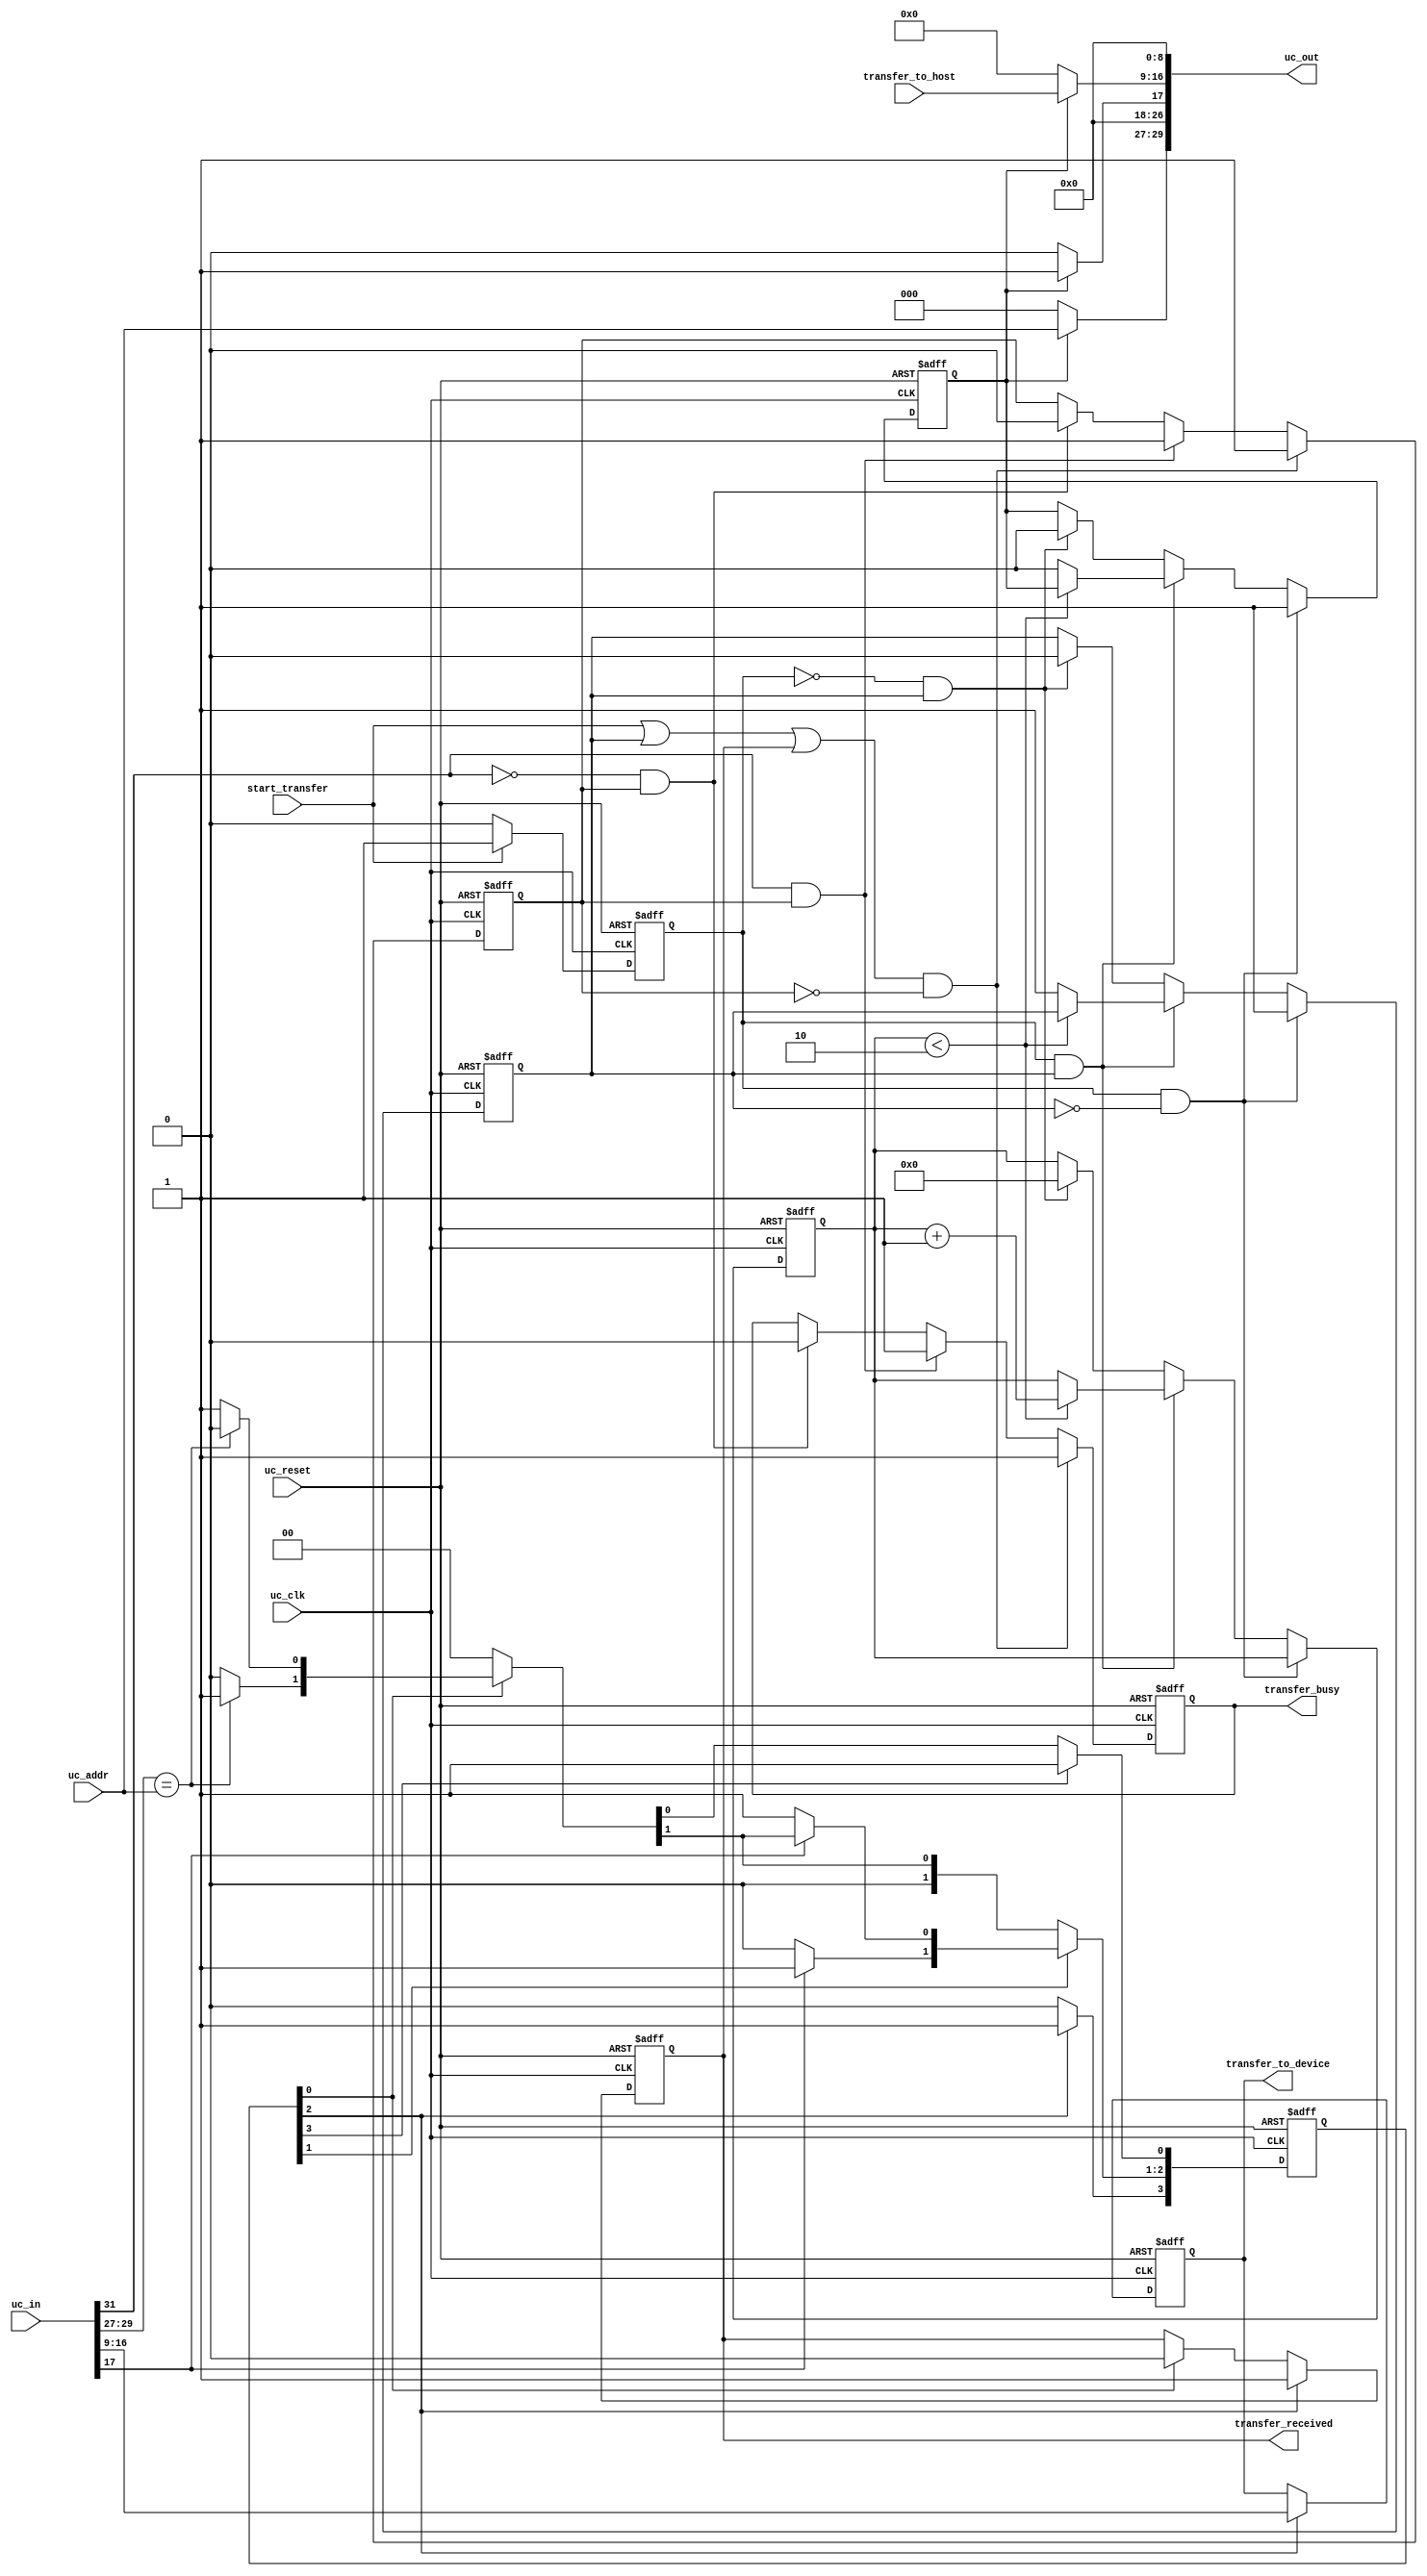
module active_transfer_SIM_ONLY (
	input  wire         uc_clk,
	input  wire         uc_reset,
	input  wire [31:0]  uc_in,
	output wire [29:0]  uc_out,
	
	input  wire         start_transfer,
	output reg          transfer_received,
	
	output reg         transfer_busy,
	
	input  wire  [2:0]  uc_addr,

	input  wire  [7:0]  transfer_to_host,
	output reg   [7:0]  transfer_to_device
	);

   //-----------------------------------------------
   // Parameters
   //-----------------------------------------------
	//Transfer In State Machine
	parameter IN_IDLE                   = 0,
			IN_READ_CMD                 = 1,
			IN_READ_BYTE                = 2,
            IN_DELAY                    = 3;

   //-----------------------------------------------
   // Internal Signals
   //-----------------------------------------------
 	reg 	[3:0]                        state_in, next_in;
  
   // Tranfer to Device registers
	reg                 transfer_to_device_reset;
	
   // Transfer to Host registers
    reg                 start_transfer_in;
	reg                 to_transfer_update;
	reg                 transfer_to_device_meta;
	reg                 start_transfer_reg;
	reg [3:0]           start_transfer_count;
	
	//Transfer busy registers
	reg                  transfer_busy_reg;

`ifdef SIM
   reg [8*26:1] state_name;
`endif
	
	//-----------------------------------------------
   // Assignments
   //-----------------------------------------------
	assign uc_out[29:27]       = to_transfer_update ? uc_addr : 3'h0;           //Address
	assign uc_out[26]          = 1'b0;                                          //Block Command
	assign uc_out[25:18]       = 8'h0;                                          //Block Length Byte
	assign uc_out[17]          = to_transfer_update ? 1'b1 : 1'b0;              //Transfer Command
    assign uc_out[16:9]        = to_transfer_update ? transfer_to_host : 8'h0;  //Transfer  Byte
	assign uc_out[8]           = 1'b0;                                          //Trigger Command
	assign uc_out[7:0]         = 8'h0;                                          //Trigger Byte
	 
   //-----------------------------------------------
   // Transfer Out, transfer busy
   //-----------------------------------------------
    always @(posedge uc_clk or negedge uc_reset) 
	begin
	  if (!uc_reset)
      begin
		     transfer_busy <= 1'b0;
		     transfer_busy_reg <= 1'b0;
      end 
     else 
     begin
	       if((start_transfer | start_transfer_reg | transfer_received) & !transfer_busy_reg)
		   begin
                 transfer_busy <= 1'b1;
		         transfer_busy_reg <= 1'b1;
		   end
		   else if(uc_in[31] & transfer_busy_reg)
		   begin
		         transfer_busy <= 1'b1;
		         transfer_busy_reg <= 1'b1;
		   end
		   else if(!uc_in[31] & transfer_busy_reg)
		   begin
		        transfer_busy <= 1'b0;
		        transfer_busy_reg <= 1'b0;
		   end
      end
	 end
   //-----------------------------------------------
   // Single Transfer In  transfer_received 
   //-----------------------------------------------
    always @(posedge uc_clk or negedge uc_reset) 
	begin
	  if (!uc_reset)
      begin
		     transfer_to_device <= 0;	
		     transfer_received <= 1'b0;
      end 
     else 
     begin
		if(state_in[IN_READ_BYTE])
		begin
             transfer_received <= 1'b1;
			 transfer_to_device <= uc_in[16:9];
		end
		else if(state_in[IN_IDLE])
		    transfer_received <= 1'b0;
	 end
	end
	

   //-----------------------------------------------
   // Transfer to Device Detection
   // parameter IN_IDLE                   = 0,
   //			IN_READ_CMD                 = 1,
   //			IN_READ_BYTE                = 2,
   //			IN_DELAY                    = 3;
   //
   //-----------------------------------------------
   // Next State Logic
   always @(posedge uc_clk or negedge uc_reset)
     begin
		if (!uc_reset)
		begin
			state_in <= 4'h00;
			state_in[IN_IDLE] <= 1'b1;
		end
		else
			state_in <= next_in;
	end

     // State Definitions
   always @ ( state_in or uc_in or uc_addr)
     begin
	next_in = 4'h00;

	if (state_in[IN_IDLE])
	  begin
	     if (uc_in[29:27] == uc_addr)
	       next_in[IN_READ_CMD] = 1'b1;
         else		 
	       next_in[IN_IDLE] = 1'b1;
	  end

	
	if (state_in[IN_READ_CMD])
	  begin
		if (uc_in[17] == 1'b1)
			next_in[IN_READ_BYTE] = 1'b1;
		else 
			next_in[IN_READ_CMD] = 1'b1;
	  end

	if ( state_in[IN_READ_BYTE] )
	begin
		next_in[IN_DELAY] = 1'b1;	
	end

	if (state_in[IN_DELAY])
	begin
	    next_in[IN_IDLE] = 1'b1;
	end


	`ifdef SIM
	   if ( state_in == ( 1 << IN_IDLE ))
		   state_name = "IN_IDLE";
	   else if ( state_in == ( 1 << IN_READ_CMD ))
		   state_name = "IN_READ_CMD";
	   else if ( state_in == ( 1 << IN_READ_BYTE ))
		   state_name = "IN_READ_BYTE";
	   else if ( state_in == ( 1 << IN_DELAY ))
		   state_name = "IN_DELAY";
`endif

	end//end of state_in machine
/*    always @(uc_in or transfer_to_device_reset or uc_reset) 
	begin
	     if (!uc_reset)
		 begin
		     transfer_to_device = 0;	
             transfer_received = 1'b0;			 
		 end
		 else if(transfer_to_device_reset)
		     transfer_received = 1'b0;	
		 else if(uc_in[`UC_ADDRESS_END:`UC_ADDRESS_START] == uc_addr)
		 begin
		     if(uc_in[`UC_CMD_END: `UC_CMD_START] == `TRANSFER_IN_CMD)
			 begin
			     transfer_to_device = uc_in[`UC_DATAIN_END:`UC_DATAIN_START];
			     transfer_received = 1'b1;
			 end
		 end
    end
*/
   //-----------------------------------------------
   // Transfer to Device Reset 
   //-----------------------------------------------
/*    always @(posedge uc_clk or negedge uc_reset) 
	begin
	     if (!uc_reset)
		 begin
		     transfer_to_device_meta <= 1'b0;
		     transfer_to_device_reset <= 1'b0;
	     end 
		 else 
		 begin
		         transfer_to_device_reset <= 1'b0;
             //if(transfer_received )	
             if(transfer_received & (uc_in == 0))	
             begin			 
		         transfer_to_device_meta <= 1'b1;
		         transfer_to_device_reset <= transfer_to_device_meta;
			 end
		     else
			 begin
		         transfer_to_device_meta <= 1'b0;
			 end
	     end
    end
*/
    //-------------------------------------------------
	// Register the Start Transfer Signal Transfer to Host
	//-------------------------------------------------
    always @(posedge uc_clk or negedge uc_reset)
	begin
	  if(!uc_reset)
	  begin
	     start_transfer_in <= 1'b0;
	  end
	  else
	  begin
	       if(start_transfer)
	           start_transfer_in <= 1'b1;
		    else 
			   start_transfer_in <= 1'b0;
	  end
	end

    //-------------------------------------------------
	// Transfer To Host registers
	//-------------------------------------------------
    always @(posedge uc_clk or negedge uc_reset)
	begin
	  if(!uc_reset)
	  begin
	     start_transfer_reg <= 1'b0;
		 to_transfer_update <= 1'b0;
		 start_transfer_count <= 0;
	  end
	  else
	  begin
	       if(start_transfer_in & !start_transfer_reg)
		   begin
	           start_transfer_reg <= 1'b1;
		       to_transfer_update <= 1'b1;
		   end
		    else if(start_transfer_in & start_transfer_reg)
			begin
			   if(start_transfer_count < 4'h2)
			      start_transfer_count <= start_transfer_count + 1'd1;
				else
				begin
			       start_transfer_reg <= 1'b1;
			       to_transfer_update <= 1'b0;
				end
			end
		    else if(!start_transfer_in & start_transfer_reg)
			begin
			   start_transfer_reg <= 1'b0;
			   to_transfer_update <= 1'b0;
				start_transfer_count <= 0;
			end
		    //else 
			//begin
			//   start_transfer_reg <= 1'b0;
			//   to_transfer_update <= 1'b0;
			//end
	  end
	end



endmodule